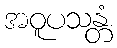
အဝူပသန္တံ